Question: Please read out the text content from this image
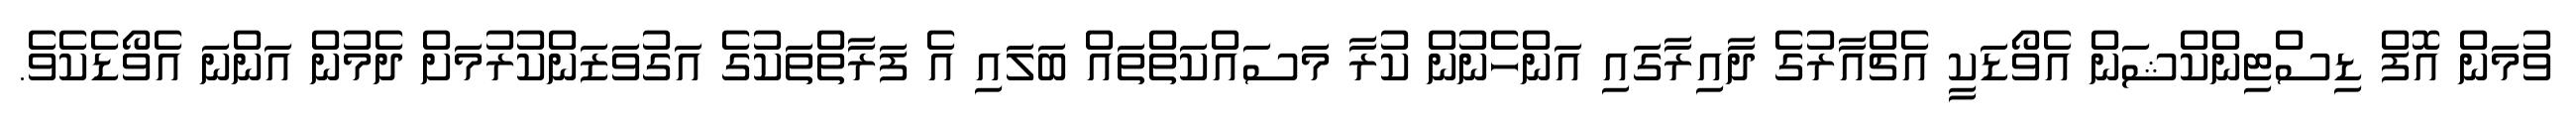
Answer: ވުމަން އޮފް ޑިސްޓިންކްޝަން އެވޯޑަކީ އެޗްއާރުގެ ދާއިރާގައި އަންހެނުން ކުރާ މަސައްކަތްތައް ބަލައި އެ ފަރާތްތަކުގެ އަގުވަޒަންކުރުމަށް ދެމުން އަންނަ އެވޯޑެކެވެ.